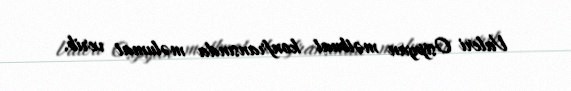
Valeri Osipyan mətbuat konfransında məlumat verib.